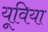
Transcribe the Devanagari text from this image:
यूविया